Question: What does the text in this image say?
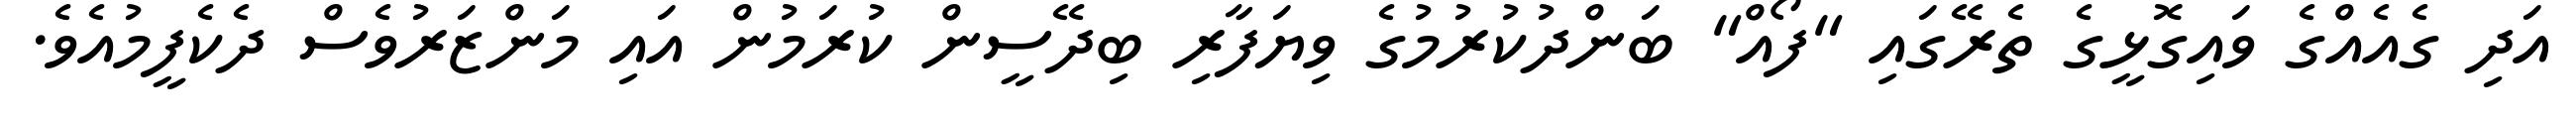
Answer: އަދި ގެއެއްގެ ވައިގޮޅީގެ ތެރޭގައި "ފޯއް" ބަންދުކުރުމުގެ ވިޔަފާރި ބިދޭސީން ކުރަމުން އައި މަންޒަރުވެސް ދެކެފީމުއެވެ.